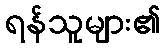
ရန်သူများ၏